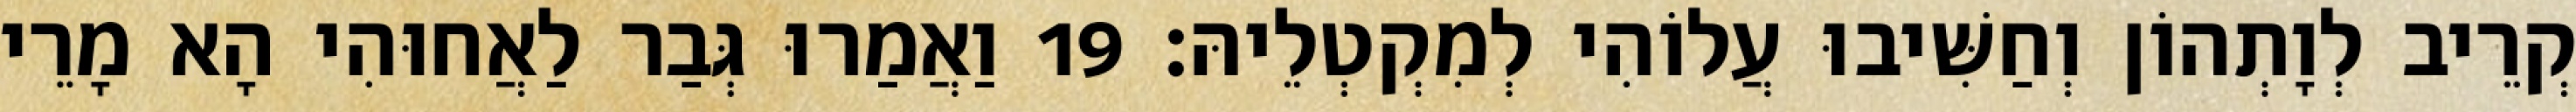
קְרֵיב לְוָתְהוֹן וְחַשִּׁיבוּ עֲלוֹהִי לְמִקְטְלֵיהּ׃ 19 וַאֲמַרוּ גְּבַר לַאֲחוּהִי הָא מָרֵי